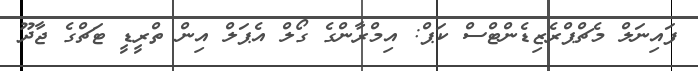
ފައިނަލް މެޗްޕްރެޒިޑެންޓްސް ކަޕް: އިމްރާންގެ ގޯލް އެޕަލް އިން ތްރީޑީ ޓަޗްގެ ޖާދޫ